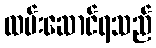
ထမ်းဆောင်ရသည်